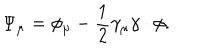
\Psi _ { \mu } = \phi _ { \mu } - \frac { 1 } { 2 } \gamma _ { \mu } \gamma \cdot \phi .